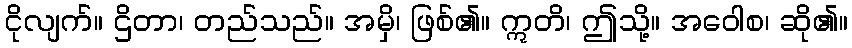
ငိုလျက်။ ဌိတာ၊ တည်သည်။ အမှိ၊ ဖြစ်၏။ ဣတိ၊ ဤသို့။ အဝေါစ၊ ဆို၏။